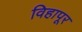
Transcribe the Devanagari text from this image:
विहापूर